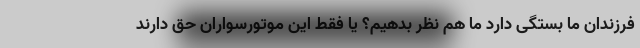
فرزندان ما بستگی دارد ما هم نظر بدهیم؟ یا فقط این موتورسواران حق دارند